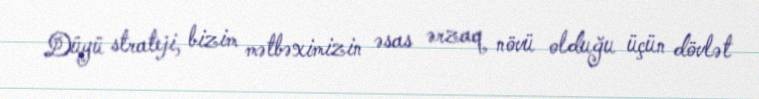
Düyü strateji, bizim mətbəximizin əsas ərzaq növü olduğu üçün dövlət